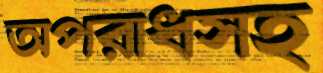
অপরাধসহ